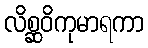
လိစ္ဆဝိကုမာရကာ